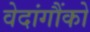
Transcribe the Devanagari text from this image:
वेदांगौंको